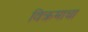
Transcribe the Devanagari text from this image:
विक्रमाचा